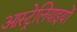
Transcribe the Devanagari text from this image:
आस्ट्रेलियाइयों